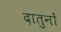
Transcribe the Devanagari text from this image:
दातुनों